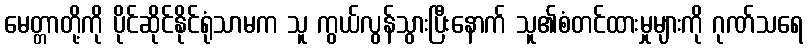
မေတ္တာတို့ကို ပိုင်ဆိုင်နိုင်ရုံသာမက သူ ကွယ်လွန်သွားပြီးနောက် သူ၏စံတင်ထားမှုများကို ဂုဏ်သရေ